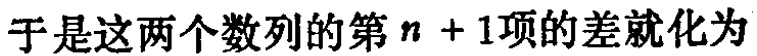
于是这两个数列的第\(n + 1\)项的差就化为